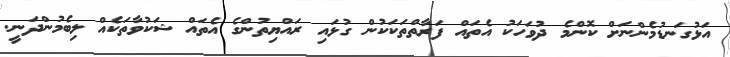
އަޅުގަނޑުމެންނަށް ކޮންމެ ދުވަހަކު އެތައް ފަރާތްތަކަކުން ގުޅައި ރައްޔިތުންގެ އެތައް ޝަކުވާތަކެއް ލިބެމުންދަނީ.